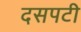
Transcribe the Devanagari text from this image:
दसपटी